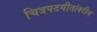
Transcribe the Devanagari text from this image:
चित्रपटगीतांवरील